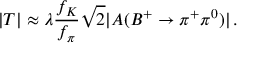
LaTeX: | T | \approx \lambda \frac { f _ { K } } { f _ { \pi } } \sqrt { 2 } | A ( B ^ { + } \to \pi ^ { + } \pi ^ { 0 } ) | \, .